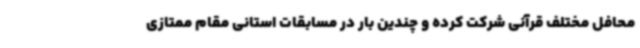
محافل مختلف قرآنی شرکت کرده و چندین بار در مسابقات استانی مقام ممتازی